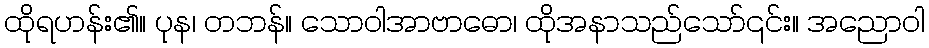
ထိုရဟန်း၏။ ပုန၊ တဘန်။ သောဝါအာဗာဓော၊ ထိုအနာသည်သော်၎င်း။ အညောဝါ